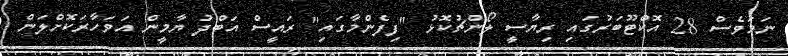
ނަމަވެސް 28 އޮކްޓޫބަރުގައި ރިޔާސީ ލޯންޗުކޮޅު "ފިފެންމާގައި" ރައީސް އަބްދު ޔާމީން އަވަހާރަކޮށްލަން